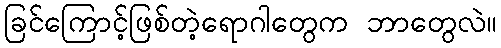
ခြင်ကြောင့်ဖြစ်တဲ့ရောဂါတွေက ဘာတွေလဲ။